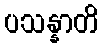
ပသန္နာတိ